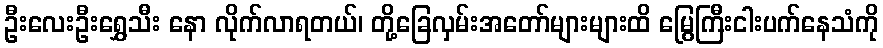
ဦးလေးဦးရွှေသီး နော လိုက်လာရတယ်၊ တို့ခြေလှမ်းအတော်များများထိ မြွေကြီးငါးပက်နေသံကို